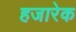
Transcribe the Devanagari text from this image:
हजारेक